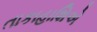
તાકાહાશિએ